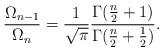
LaTeX: \begin{align*}\frac{\Omega_{n-1}}{\Omega_n}=\frac{1}{\sqrt{\pi}}\frac{\Gamma(\frac n2+1)}{\Gamma(\frac n2+\frac 12)}.\end{align*}